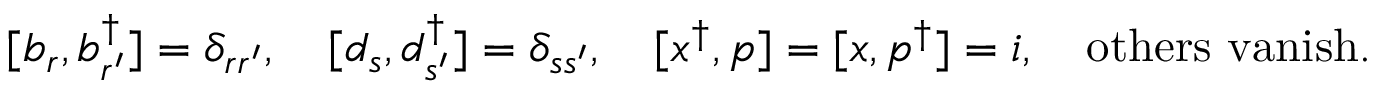
[ b _ { r } , b _ { r ^ { \prime } } ^ { \dagger } ] = \delta _ { r r ^ { \prime } } , ~ ~ ~ [ d _ { s } , d _ { s ^ { \prime } } ^ { \dagger } ] = \delta _ { s s ^ { \prime } } , ~ ~ ~ [ x ^ { \dagger } , p ] = [ x , p ^ { \dagger } ] = i , ~ ~ ~ \mathrm { o t h e r s ~ v a n i s h } .